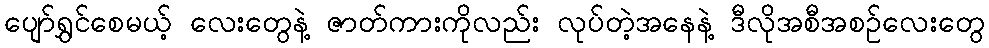
ပျော်ရွှင်စေမယ့် လေးတွေနဲ့ ဇာတ်ကားကိုလည်း လုပ်တဲ့အနေနဲ့ ဒီလိုအစီအစဉ်လေးတွေ